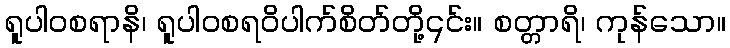
ရူပါဝစရာနိ၊ ရူပါဝစရဝိပါက်စိတ်တို့၎င်း။ စတ္တာရိ၊ ကုန်သော။